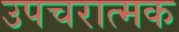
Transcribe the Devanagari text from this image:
उपचरात्मक